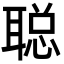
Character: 聪